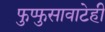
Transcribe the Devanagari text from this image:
फुप्फुसावाटेही